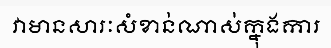
វាមានសារៈសំខាន់ណាស់ក្នុងការ